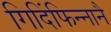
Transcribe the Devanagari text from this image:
गिदिंफिन्‍नानै